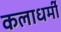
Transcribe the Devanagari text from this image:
कलाधर्मी